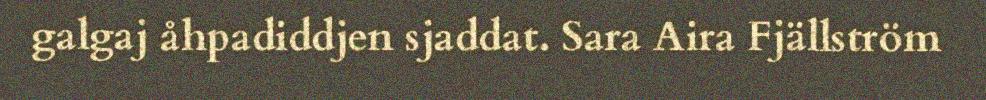
galgaj åhpadiddjen sjaddat. Sara Aira Fjällström